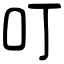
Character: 叮